Subject: eess
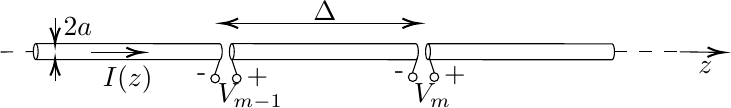
LaTeX code:
\begin{tikzpicture}[x=0.75pt,y=0.75pt,yscale=-0.7,xscale=0.7]

\draw   (96.66,33.97) -- (223.36,34.03) .. controls (224.27,34.03) and (225,36.49) .. (225,39.52) .. controls (225,42.55) and (224.26,45) .. (223.36,45) -- (96.65,44.93) .. controls (95.75,44.93) and (95.01,42.48) .. (95.01,39.45) .. controls (95.01,36.42) and (95.75,33.97) .. (96.66,33.97) .. controls (97.57,33.97) and (98.3,36.42) .. (98.3,39.45) .. controls (98.3,42.48) and (97.56,44.93) .. (96.65,44.93) ;
\draw   (231.64,34) -- (358.35,34.07) .. controls (359.25,34.07) and (359.99,36.52) .. (359.99,39.55) .. controls (359.99,42.58) and (359.25,45.03) .. (358.34,45.03) -- (231.64,44.97) .. controls (230.73,44.97) and (230,42.51) .. (230,39.48) .. controls (230,36.45) and (230.74,34) .. (231.64,34) .. controls (232.55,34) and (233.29,36.46) .. (233.29,39.48) .. controls (233.29,42.51) and (232.55,44.97) .. (231.64,44.97) ;
\draw   (366.65,34.03) -- (493.35,34.1) .. controls (494.26,34.1) and (494.99,36.56) .. (494.99,39.59) .. controls (494.99,42.61) and (494.25,45.07) .. (493.35,45.07) -- (366.64,45) .. controls (365.74,45) and (365,42.55) .. (365,39.52) .. controls (365,36.49) and (365.74,34.03) .. (366.65,34.03) .. controls (367.56,34.04) and (368.29,36.49) .. (368.29,39.52) .. controls (368.29,42.55) and (367.55,45) .. (366.64,45) ;
\draw    (135,40) -- (168,40) ;
\draw [shift={(170,40)}, rotate = 180] [color={rgb, 255:red, 0; green, 0; blue, 0 }  ][line width=0.75]    (10.93,-3.29) .. controls (6.95,-1.4) and (3.31,-0.3) .. (0,0) .. controls (3.31,0.3) and (6.95,1.4) .. (10.93,3.29)   ;
\draw    (539.99,39.59) -- (568,39.97) ;
\draw [shift={(570,40)}, rotate = 180.79] [color={rgb, 255:red, 0; green, 0; blue, 0 }  ][line width=0.75]    (10.93,-3.29) .. controls (6.95,-1.4) and (3.31,-0.3) .. (0,0) .. controls (3.31,0.3) and (6.95,1.4) .. (10.93,3.29)   ;
\draw    (223.36,45) -- (220,55) ;
\draw    (231.64,44.97) -- (235,55) ;
\draw    (359.36,44) -- (356,54) ;
\draw    (367.64,43.97) -- (371,54) ;
\draw  [dash pattern={on 4.5pt off 4.5pt}]  (494.99,39.59) -- (539.99,39.59) ;
\draw  [dash pattern={on 4.5pt off 4.5pt}]  (72.51,39.74) -- (95.01,39.45) ;
\draw   (353.17,57) .. controls (353.17,55.34) and (354.51,54) .. (356.17,54) .. controls (357.82,54) and (359.17,55.34) .. (359.17,57) .. controls (359.17,58.66) and (357.82,60) .. (356.17,60) .. controls (354.51,60) and (353.17,58.66) .. (353.17,57) -- cycle ;
\draw   (368,57) .. controls (368,55.34) and (369.34,54) .. (371,54) .. controls (372.66,54) and (374,55.34) .. (374,57) .. controls (374,58.66) and (372.66,60) .. (371,60) .. controls (369.34,60) and (368,58.66) .. (368,57) -- cycle ;
\draw   (217.17,57.98) .. controls (217.17,56.33) and (218.51,54.98) .. (220.17,54.98) .. controls (221.82,54.98) and (223.17,56.33) .. (223.17,57.98) .. controls (223.17,59.64) and (221.82,60.98) .. (220.17,60.98) .. controls (218.51,60.98) and (217.17,59.64) .. (217.17,57.98) -- cycle ;
\draw   (232,57.98) .. controls (232,56.33) and (233.34,54.98) .. (235,54.98) .. controls (236.66,54.98) and (238,56.33) .. (238,57.98) .. controls (238,59.64) and (236.66,60.98) .. (235,60.98) .. controls (233.34,60.98) and (232,59.64) .. (232,57.98) -- cycle ;
\draw    (110,16) -- (110,32) ;
\draw [shift={(110,34)}, rotate = 270] [color={rgb, 255:red, 0; green, 0; blue, 0 }  ][line width=0.75]    (10.93,-3.29) .. controls (6.95,-1.4) and (3.31,-0.3) .. (0,0) .. controls (3.31,0.3) and (6.95,1.4) .. (10.93,3.29)   ;
\draw    (110,60) -- (110,47) ;
\draw [shift={(110,45)}, rotate = 90] [color={rgb, 255:red, 0; green, 0; blue, 0 }  ][line width=0.75]    (10.93,-3.29) .. controls (6.95,-1.4) and (3.31,-0.3) .. (0,0) .. controls (3.31,0.3) and (6.95,1.4) .. (10.93,3.29)   ;
\draw    (227,20) -- (358,20) ;
\draw [shift={(360,20)}, rotate = 180] [color={rgb, 255:red, 0; green, 0; blue, 0 }  ][line width=0.75]    (10.93,-3.29) .. controls (6.95,-1.4) and (3.31,-0.3) .. (0,0) .. controls (3.31,0.3) and (6.95,1.4) .. (10.93,3.29)   ;
\draw [shift={(225,20)}, rotate = 0] [color={rgb, 255:red, 0; green, 0; blue, 0 }  ][line width=0.75]    (10.93,-3.29) .. controls (6.95,-1.4) and (3.31,-0.3) .. (0,0) .. controls (3.31,0.3) and (6.95,1.4) .. (10.93,3.29)   ;

\draw (206,49) node [anchor=north west][inner sep=0.75pt]   [align=left] {-};
\draw (240,49) node [anchor=north west][inner sep=0.75pt]   [align=left] {\mbox{+}};
\draw (220,60) node [anchor=north west][inner sep=0.75pt]   [align=left] {$\displaystyle V_{m-1}$};
\draw (342,48) node [anchor=north west][inner sep=0.75pt]   [align=left] {-};
\draw (376,48) node [anchor=north west][inner sep=0.75pt]   [align=left] {\mbox{+}};
\draw (355.17,60) node [anchor=north west][inner sep=0.75pt]   [align=left] {$\displaystyle V_{m}$};
\draw (141,47.4) node [anchor=north west][inner sep=0.75pt]    {$I( z)$};
\draw (551,44.4) node [anchor=north west][inner sep=0.75pt]    {$z$};
\draw (114,14.4) node [anchor=north west][inner sep=0.75pt]    {$2a$};
\draw (286,3.4) node [anchor=north west][inner sep=0.75pt]    {$\Delta $};

\end{tikzpicture}